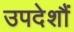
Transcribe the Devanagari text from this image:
उपदेशौं